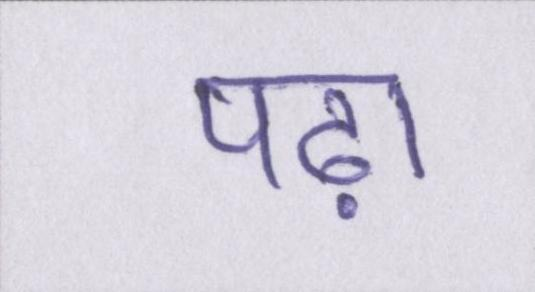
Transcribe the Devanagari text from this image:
पढ़ा